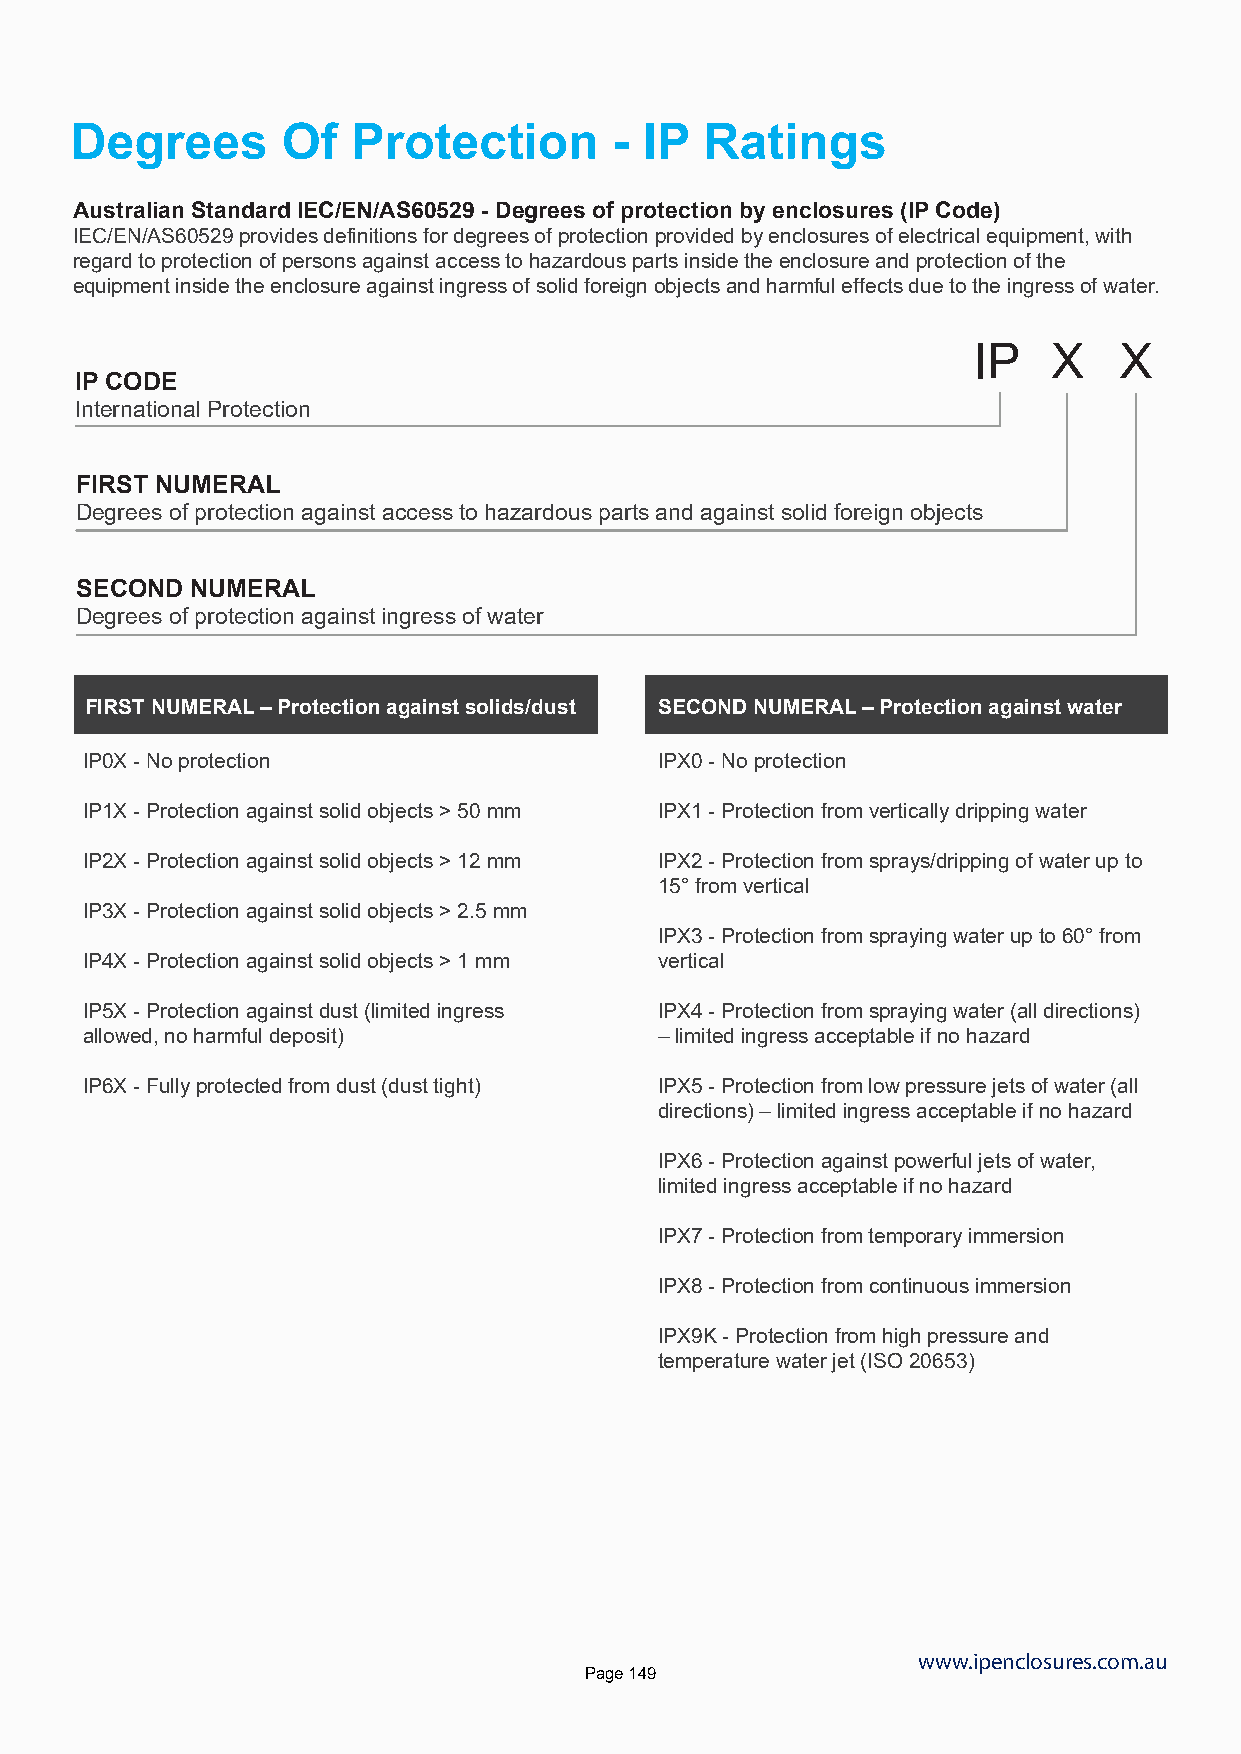
Degrees       Of  Protection        - IP  Ratings
 Australian Standard IEC/EN/AS60529 - Degrees of protection by enclosures (IP Code)
 IEC/EN/AS60529 provides definitions for degrees of protection provided by enclosures of electrical equipment, with
 regard to protection of persons against access to hazardous parts inside the enclosure and protection of the
 equipment inside the enclosure against ingress of solid foreign objects and harmful effects due to the ingress of water.
 IP    X   X
 IP CODE
 International Protection
 FIRST NUMERAL
 Degrees of protection against access to hazardous parts and against solid foreign objects
 SECOND  NUMERAL
 Degrees of protection against ingress of water
 FIRST NUMERAL – Protection against solids/dust SECOND NUMERAL – Protection against water
 IP0X - No protection                  IPX0 - No protection
 IP1X - Protection against solid objects > 50 mm IPX1 - Protection from vertically dripping water
 IP2X - Protection against solid objects > 12 mm IPX2 - Protection from sprays/dripping of water up to
 15° from vertical
 IP3X - Protection against solid objects > 2.5 mm
 IPX3 - Protection from spraying water up to 60° from
 IP4X - Protection against solid objects > 1 mm vertical
 IP5X - Protection against dust (limited ingress IPX4 - Protection from spraying water (all directions)
 allowed, no harmful deposit)          – limited ingress acceptable if no hazard
 IP6X - Fully protected from dust (dust tight) IPX5 - Protection from low pressure jets of water (all
 directions) – limited ingress acceptable if no hazard
 IPX6 - Protection against powerful jets of water,
 limited ingress acceptable if no hazard
 IPX7 - Protection from temporary immersion
 IPX8 - Protection from continuous immersion
 IPX9K - Protection from high pressure and
 temperature water jet (ISO 20653)
 www.ipenclosures.com.au
 Page 149